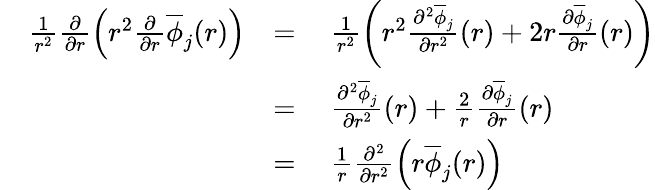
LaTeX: \begin{array}{rlrl}&{\frac{1}{r^{2}}\frac{\partial}{\partial r}\left(r^{2}\frac{\partial}{\partial r}\overline{{\phi}}_{j}(r)\right)}&{=}&{\ \frac{1}{r^{2}}\left(r^{2}\frac{\partial^{2}\overline{{\phi}}_{j}}{\partial r^{2}}(r)+2r\frac{\partial\overline{{\phi}}_{j}}{\partial r}(r)\right)}\\ &{}&{=}&{\ \frac{\partial^{2}\overline{{\phi}}_{j}}{\partial r^{2}}(r)+\frac{2}{r}\frac{\partial\overline{{\phi}}_{j}}{\partial r}(r)}\\ &{}&{=}&{\ \frac{1}{r}\frac{\partial^{2}}{\partial r^{2}}\left(r\overline{{\phi}}_{j}(r)\right)}\end{array}